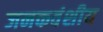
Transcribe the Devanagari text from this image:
जनकवंशीय